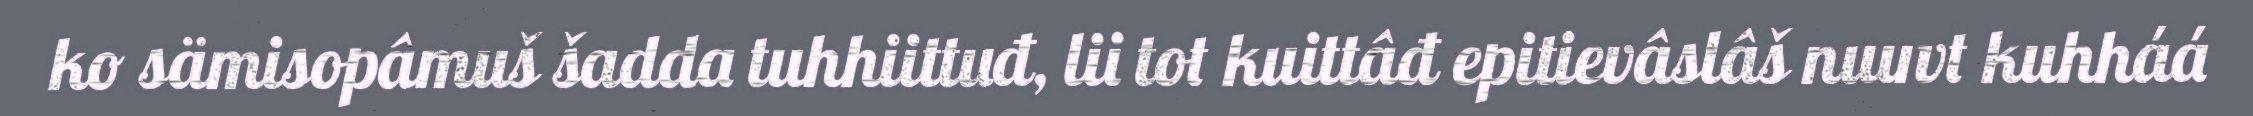
ko sämisopâmuš šadda tuhhiittuđ, lii tot kuittâđ epitievâslâš nuuvt kuhháá